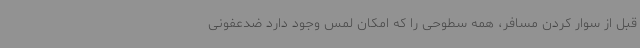
قبل از سوار کردن مسافر، همه سطوحی را که امکان لمس وجود دارد ضدعفونی